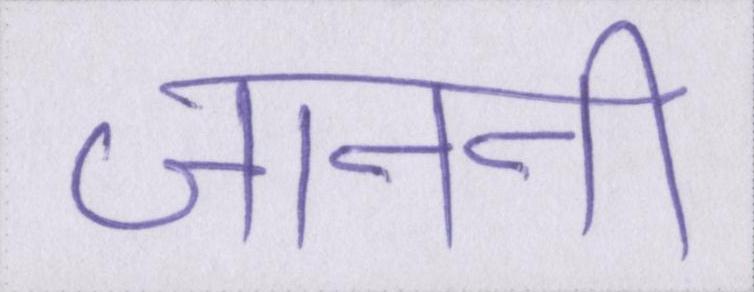
जाननी